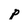
Character: p